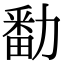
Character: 勫